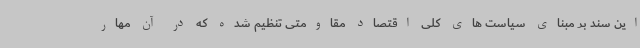
این سند بر مبنای سیاست های کلی اقتصاد مقاومتی تنظیم شده که در آن مهار